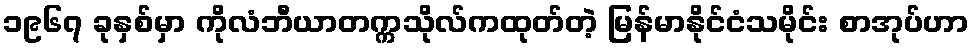
၁၉၆၇ ခုနှစ်မှာ ကိုလံဘီယာတက္ကသိုလ်ကထုတ်တဲ့ မြန်မာနိုင်ငံသမိုင်း စာအုပ်ဟာ